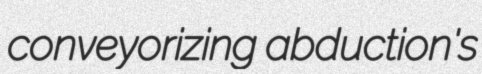
conveyorizing abduction's